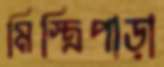
মিস্ত্রিপাড়া